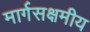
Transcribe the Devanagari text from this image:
मार्गसक्षमीय